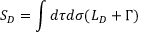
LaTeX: S _ { D } = \int d \tau d \sigma ( { \cal L } _ { D } + \Gamma )